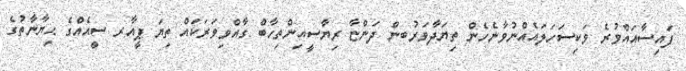
ފައިސާއައްވުރެ ވަކިސަހަލައެއްނުވާނެހެން ތިޔަދާވަރުބން ދަންޏާ ރިޔާސީއިންތިހާބް ގާއްވިވަރަކައް ތިޔަ ޕީއާރ ސީއެއްގެ ޙިޔާނާތުގެ